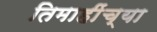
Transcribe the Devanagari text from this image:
तिमाहींच्या